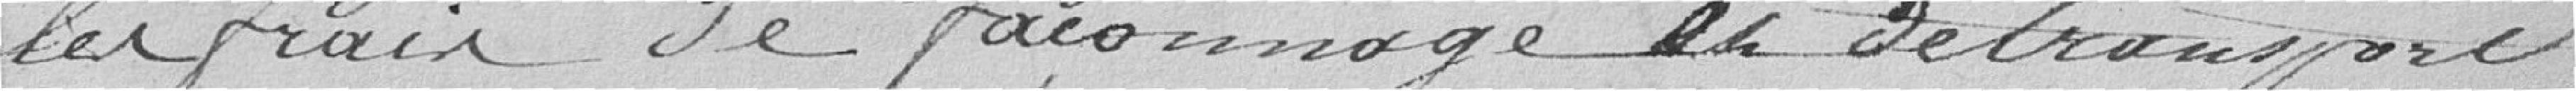
les frais de faconnage et de transport